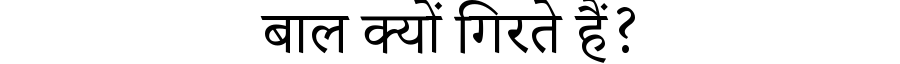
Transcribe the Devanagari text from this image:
बाल क्यों गिरते हैं?